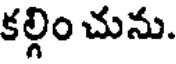
కల్గిం చును.